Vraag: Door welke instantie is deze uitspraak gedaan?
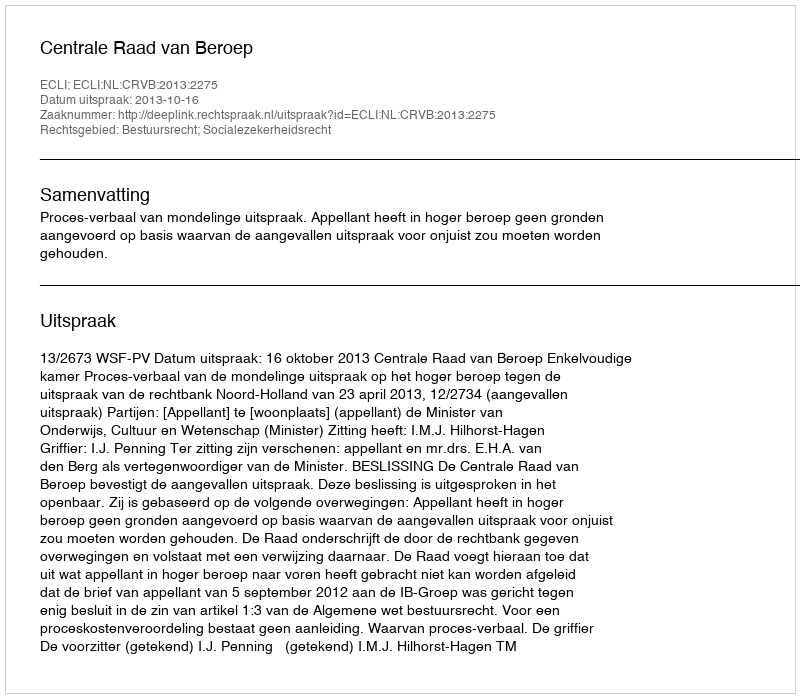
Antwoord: Centrale Raad van Beroep